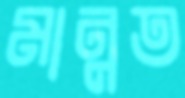
মান্নত